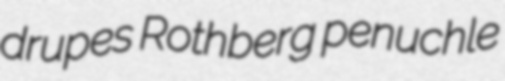
drupes Rothberg penuchle